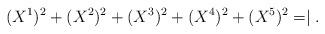
LaTeX: \begin{align*} (X^1)^2+(X^2)^2+(X^3)^2+(X^4)^2+(X^5)^2 = \mid.\end{align*}